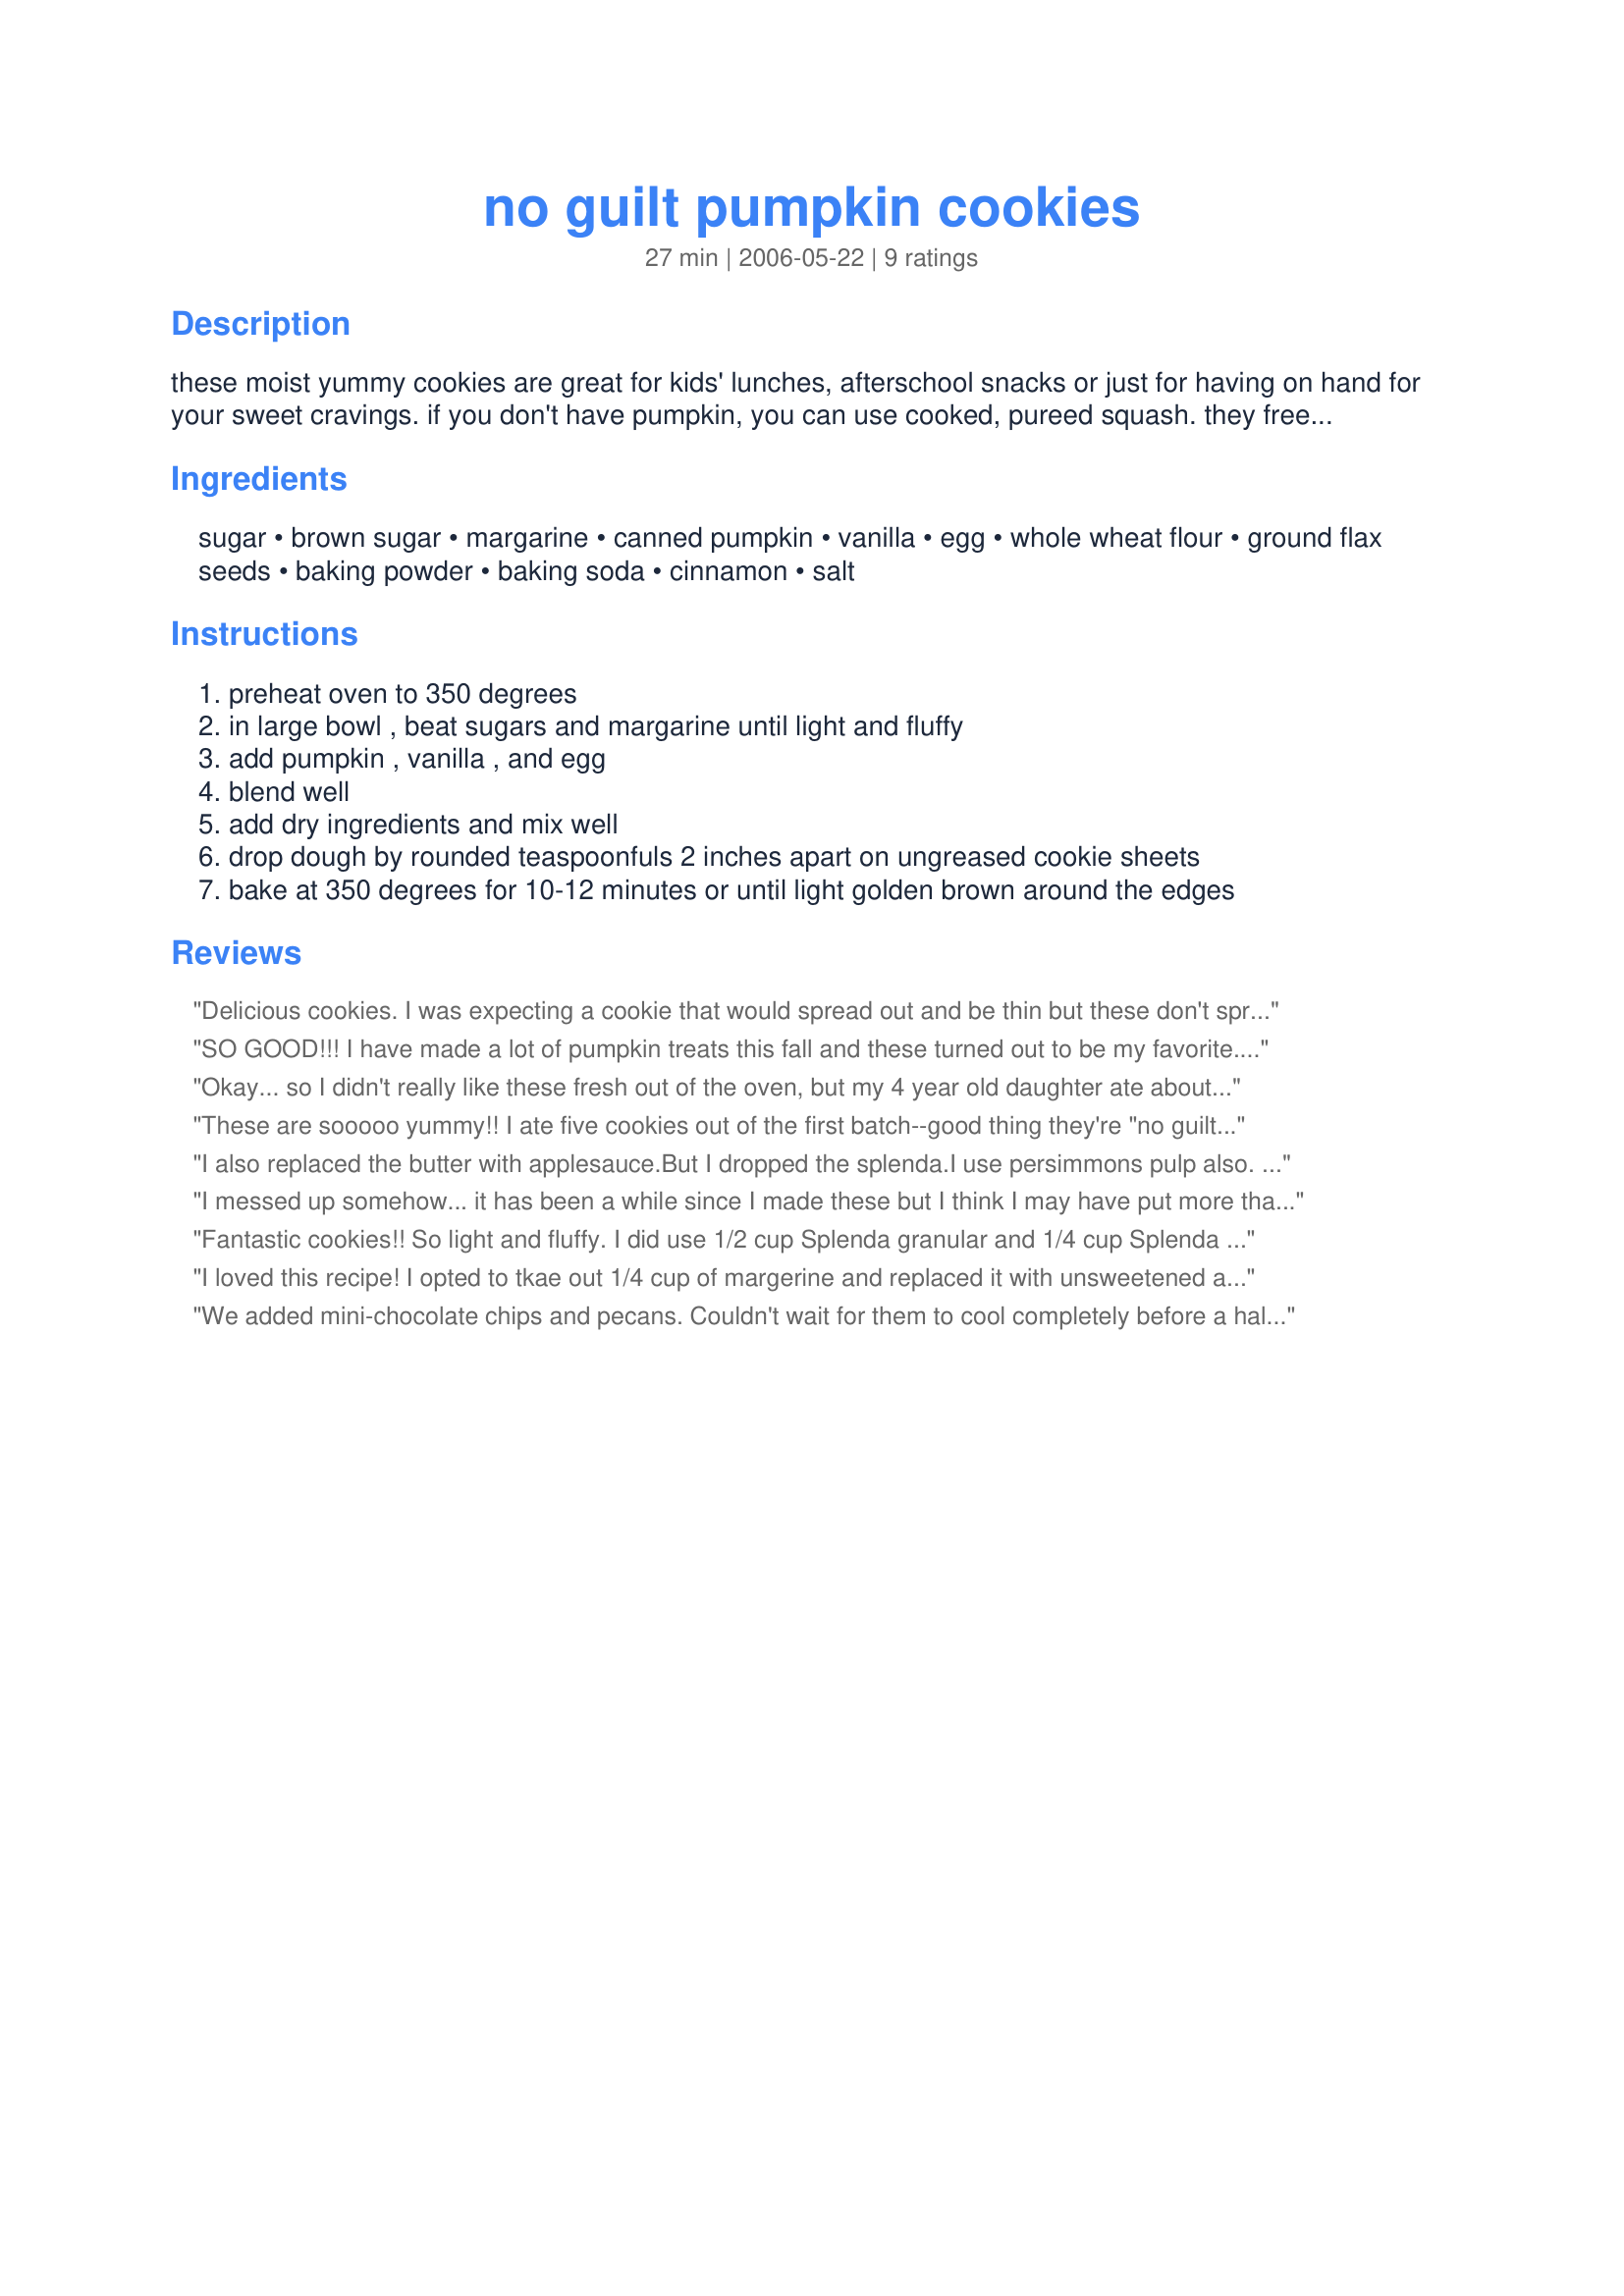
no guilt pumpkin cookies
Preparation time: 27 minutes

these moist yummy cookies are great for kids' lunches, afterschool snacks or just for having on hand for your sweet cravings. if you don't have pumpkin, you can use cooked, pureed squash. they freeze beautifully so make a double or triple batch!

Ingredients:
sugar, brown sugar, margarine, canned pumpkin, vanilla, egg, whole wheat flour, ground flax seeds, baking powder, baking soda, cinnamon, salt

Steps:
preheat oven to 350 degrees
in large bowl , beat sugars and margarine until light and fluffy
add pumpkin , vanilla , and egg
blend well
add dry ingredients and mix well
drop dough by rounded teaspoonfuls 2 inches apart on ungreased cookie sheets
bake at 350 degrees for 10-12 minutes or until light golden brown around the edges

Reviews:
Delicious cookies. I was expecting a cookie that would spread out and be thin but these don't spread at all and come out like tender, sweet pillows. I made a 1/2 recipe which ask for 1/2 a cup of butter, I used 2 tbsp of it and filled the rest of the 1/2 cup with unsweetened apple sauce. I used 3/4 tsp of pumpkin pie spice instead of cinnamon alone. I couldn't be more pleased with the finished cookies. As I didn't have flax seed I added another tbsp of flour.These will be great all year round but will definitely make a Christmas appearance as well.
SO GOOD!!! I have made a lot of pumpkin treats this fall and these turned out to be my favorite...I was a bit surprised because the recipe is so simple... :) I made them Halloween day in between "Tricks & Treats"...I halved the recipe because of time and supply crunch...I wanted to use up some already opened canned pumpkin in the fridge and it was about 1/2 of a cup...the recipe worked wonderfully (1/2 cup margarine, 1/4 Splenda & 1/4 Splenda brown sugar blend and a couple of table spoons of Egg Beaters...) I loved the addition of the ground flax seed...it lent just the right amount of sweet nuttiness and added to the airy texture...these bake into lovely moist pumpkin puffs (pretty substantial in size)...just wonderful :) This has been my most successful experience baking with Splenda (oh- I did get 30 perfect little treats with the 1/2 batch!!!) - Thanks Auntie Mags :)
Okay... so I didn't really like these fresh out of the oven, but my 4 year old daughter ate about 10 of them right off the rack, so I figured it was still a success. However, I tried some again the next day, and now I really like them! I did add 1/2 cup of mini chocolate chips and subbed half the butter with applesauce. They taste like muffin tops.
These are sooooo yummy!! I ate five cookies out of the first batch--good thing they're "no guilt"! My three year old son has had two of them as well. I love the texture of them, light and fluffy and cake-like. I was hesitant to make these because other pumpkin cookies I've made haven't been very good, but I will make these again for sure. In fact, I think I will make up another batch tomorrow and freeze the dough so I don't waste what's left of my canned pumpkin.
I also replaced the butter with applesauce.But I dropped the splenda.I use persimmons pulp also.
The make great mini muffins.Just add two minutes to baking time.
I messed up somehow... it has been a while since I made these but I think I may have put more than 1 cup of pumpkin in it. The result was a dough that was too runny and I should have added flour but did not. As a result the cookies spread a bunch and were very crumbly. Hubby liked the flavor though so I guess it's worth another shot!
Fantastic cookies!! So light and fluffy. I did use 1/2 cup Splenda granular and 1/4 cup Splenda brown sugar blend along with 3/4 c butter and 1/4 c unsweetened applesauce as others have too. I omitted the flax seeds but I did all a light sprinkle of icing sugar on the tops after baking to dress them up a bit for company. The aroma in the house is unbelieveable. This recipe tops other recipes that I've tried by far. 
Thanks for sharing this with us.
I loved this recipe! I opted to tkae out 1/4 cup of margerine and replaced it with unsweetened applesauce to help lower the fat and they still turned out fantastic! I also added healthy toasted walnuts and raisins and some pumpkin pie spice for more flavour. So delicious, my partner's family gobbled them all up this Thanksgiving!
We added mini-chocolate chips and pecans. Couldn't wait for them to cool completely before a half-dozen were eaten!
